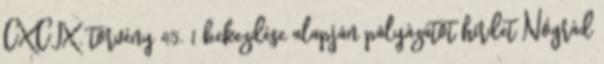
CXCIX. törvény 45. 1 bekezdése alapján pályázatot hirdet Nógrád